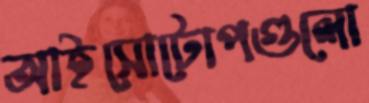
আইসোটোপগুলো